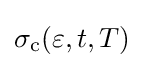
\sigma _{\mathrm {c} }(\varepsilon ,t,T)